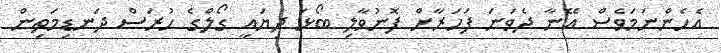
އެހެންނަމަވެސް އޭނާ ދެވަނަ ފަހަރާށް ފޮނުވާލި ބޯޅަ ދިޔައީ ގޯލްގެ ހުރަސް ދަނޑިމަތިން